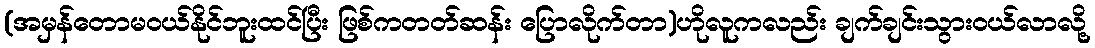
(အမှန်တောမဝယ်နိုင်ဘူးထင်ပြီး ဖြစ်ကတတ်ဆန်း ပြောလိုက်တာ)ဟိုလူကလည်း ချက်ချင်းသွားဝယ်လာလို့